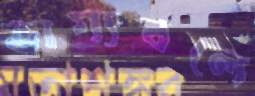
ভাগ্যবলে